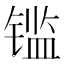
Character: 𰾫